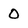
Character: O